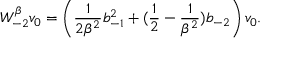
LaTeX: W _ { - 2 } ^ { \beta } v _ { 0 } = \left( \frac { 1 } { 2 \beta ^ { 2 } } b _ { - 1 } ^ { 2 } + ( \frac { 1 } { 2 } - \frac { 1 } { \beta ^ { 2 } } ) b _ { - 2 } \right) v _ { 0 } .